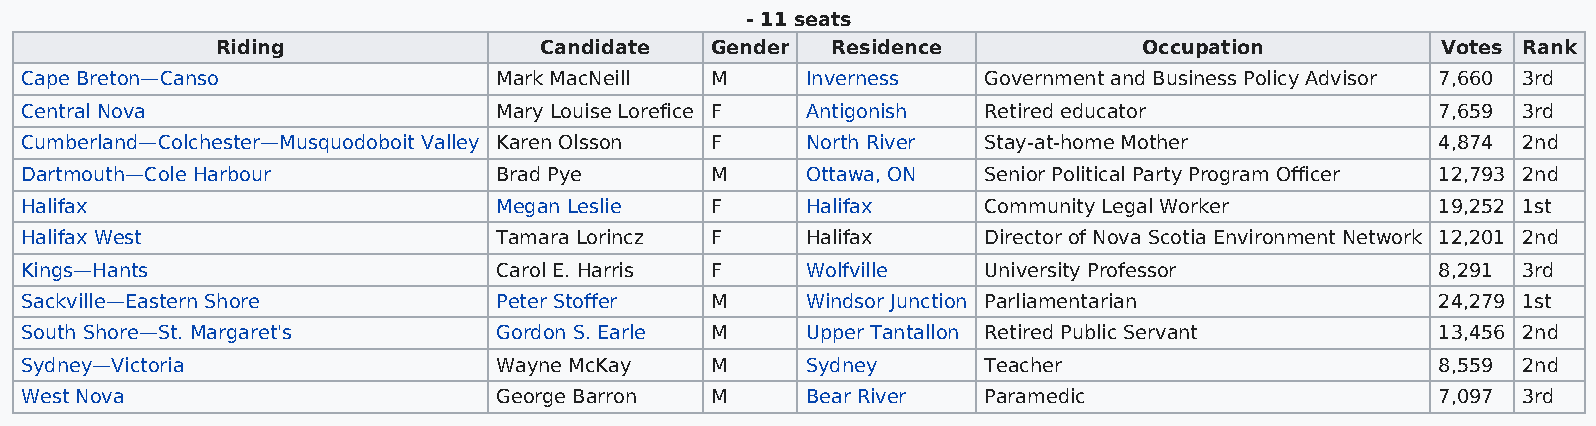
- 11 seats
 Riding                Candidate  Gender  Residence            Occupation         Votes Rank
 Cape Breton—Canso               Mark MacNeill M     Inverness   Government and Business Policy Advisor 7,660 3rd
 Central Nova                    Mary Louise Lorefice F Antigonish Retired educator            7,659 3rd
 Cumberland—Colchester—Musquodoboit Valley Karen Olsson F North River Stay-at-home Mother      4,874 2nd
 Dartmouth—Cole Harbour          Brad Pye      M     Ottawa, ON  Senior Political Party Program Officer 12,793 2nd
 Halifax                         Megan Leslie  F     Halifax     Community Legal Worker        19,252 1st
 Halifax West                    Tamara Lorincz F    Halifax     Director of Nova Scotia Environment Network 12,201 2nd
 Kings—Hants                     Carol E. Harris F   Wolfville   University Professor          8,291 3rd
 Sackville—Eastern Shore         Peter Stoffer M     Windsor Junction Parliamentarian          24,279 1st
 South Shore—St. Margaret's      Gordon S. Earle M   Upper Tantallon Retired Public Servant    13,456 2nd
 Sydney—Victoria                 Wayne McKay   M     Sydney      Teacher                       8,559 2nd
 West Nova                       George Barron M     Bear River  Paramedic                     7,097 3rd